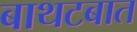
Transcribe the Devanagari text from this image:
बाथटबात